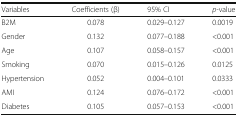
<table><thead><tr><td><b>Variables</b></td><td><b>Coefficients (β)</b></td><td><b>95% CI</b></td><td><b><i>p-</i>value</b></td></tr></thead><tbody><tr><td>B2M</td><td>0.078</td><td>0.029–0.127</td><td>0.0019</td></tr><tr><td>Gender</td><td>0.132</td><td>0.077–0.188</td><td>&lt;0.001</td></tr><tr><td>Age</td><td>0.107</td><td>0.058–0.157</td><td>&lt;0.001</td></tr><tr><td>Smoking</td><td>0.070</td><td>0.015–0.126</td><td>0.0125</td></tr><tr><td>Hypertension</td><td>0.052</td><td>0.004–0.101</td><td>0.0333</td></tr><tr><td>AMI</td><td>0.124</td><td>0.076–0.172</td><td>&lt;0.001</td></tr><tr><td>Diabetes</td><td>0.105</td><td>0.057–0.153</td><td>&lt;0.001</td></tr></tbody></table>